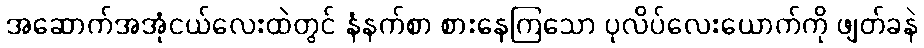
အဆောက်အအုံငယ်လေးထဲတွင် နံနက်စာ စားနေကြသော ပုလိပ်လေးယောက်ကို ဖျတ်ခနဲ